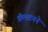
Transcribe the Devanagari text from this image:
क्रॅन्स्टनने